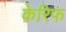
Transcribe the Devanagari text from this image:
केरिफ